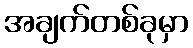
အချက်တစ်ခုမှာ